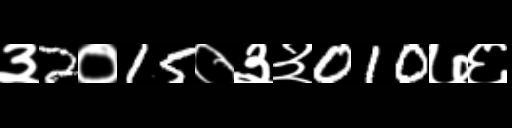
Text: ३2०15०३३010७६